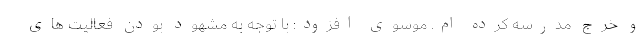
و خرج مدرسه کرده ام. موسوی افزود: با توجه به مشهود بودن فعالیت های